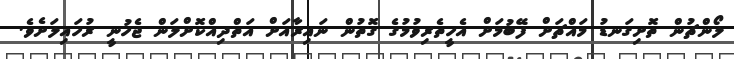
ލޯންޗުން ތޮށިގަނޑު މައްޗަށް ފޭބުމަށް އެހީތެރިވުމުގެ ގޮތުން ނައިރާއަށް އަތްދިއްކޮށްލަން ޖެހުނީ ރުހައިލަށެވެ.